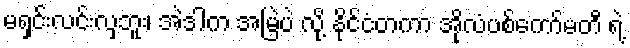
မရှင်းလင်းလှဘူး၊ အဲဒါက အမြဲပဲ လို့ နိုင်ငံတကာ အိုလံပစ်ကော်မတီ ရဲ့